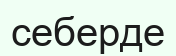
себерде